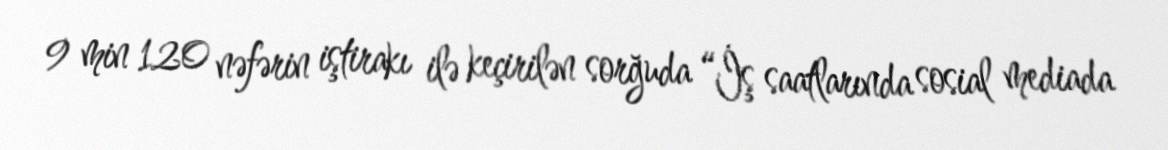
9 min 120 nəfərin iştirakı ilə keçirilən sorğuda “İş saatlarında sosial mediada